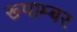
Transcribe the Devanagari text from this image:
रूपाम्बर